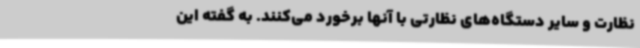
نظارت و سایر دستگاه‌های نظارتی با آنها برخورد می‌کنند. به گفته این